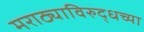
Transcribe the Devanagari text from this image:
मराठ्याविरुद्धच्या